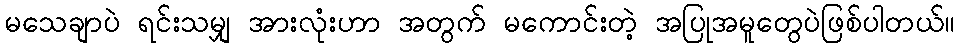
မသေချာပဲ ရင်းသမျှ အားလုံးဟာ အတွက် မကောင်းတဲ့ အပြုအမူတွေပဲဖြစ်ပါတယ်။